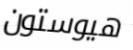
هيوستون